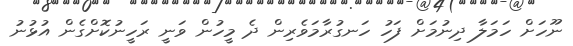
ނޫހަށް ހަމަލާ ދިނުމަށް ފަހު ހަނގުރާމަވެރިން ދެ މީހުން ވަނީ ރަހީނުކޮށްގެން އުޅުނު